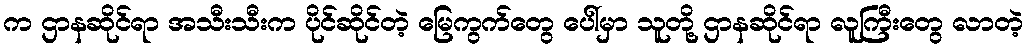
က ဌာနဆိုင်ရာ အသီးသီးက ပိုင်ဆိုင်တဲ့ မြေကွက်တွေ ပေါ်မှာ သူတို့ ဌာနဆိုင်ရာ လူကြီးတွေ လာတဲ့